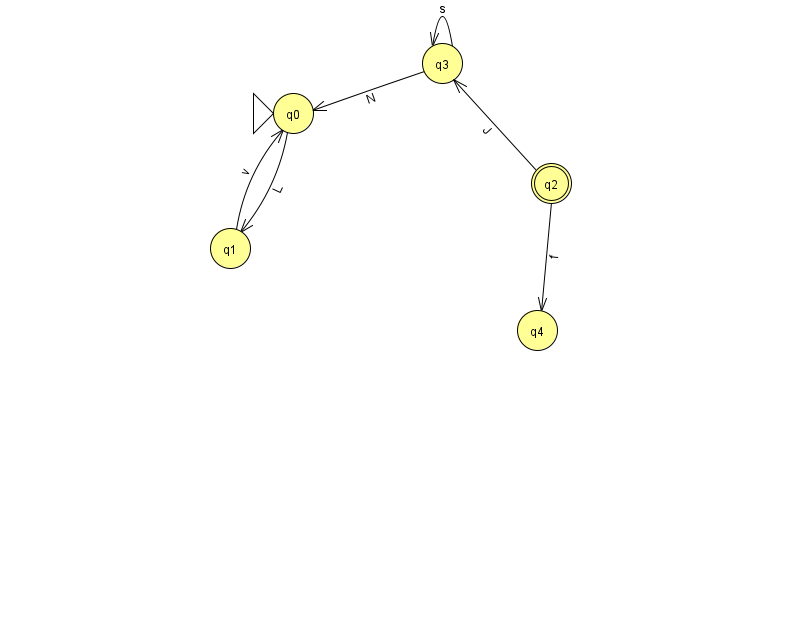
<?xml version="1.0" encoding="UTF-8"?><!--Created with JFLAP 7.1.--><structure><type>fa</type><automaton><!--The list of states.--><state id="0" name="q0"><x>293.0</x><y>100.0</y><initial/></state><state id="1" name="q1"><x>230.0</x><y>235.0</y></state><state id="2" name="q2"><x>551.0</x><y>170.0</y><final/></state><state id="3" name="q3"><x>442.0</x><y>50.0</y></state><state id="4" name="q4"><x>537.0</x><y>317.0</y></state><!--The list of transitions.--><transition><from>3</from><to>0</to><read>N</read></transition><transition><from>3</from><to>3</to><read>s</read></transition><transition><from>0</from><to>1</to><read>L</read></transition><transition><from>2</from><to>3</to><read>J</read></transition><transition><from>1</from><to>0</to><read>v</read></transition><transition><from>2</from><to>4</to><read>f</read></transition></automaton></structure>